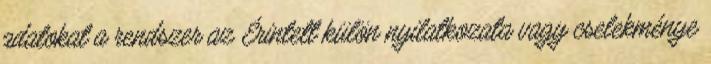
adatokat a rendszer az Érintett külön nyilatkozata vagy cselekménye